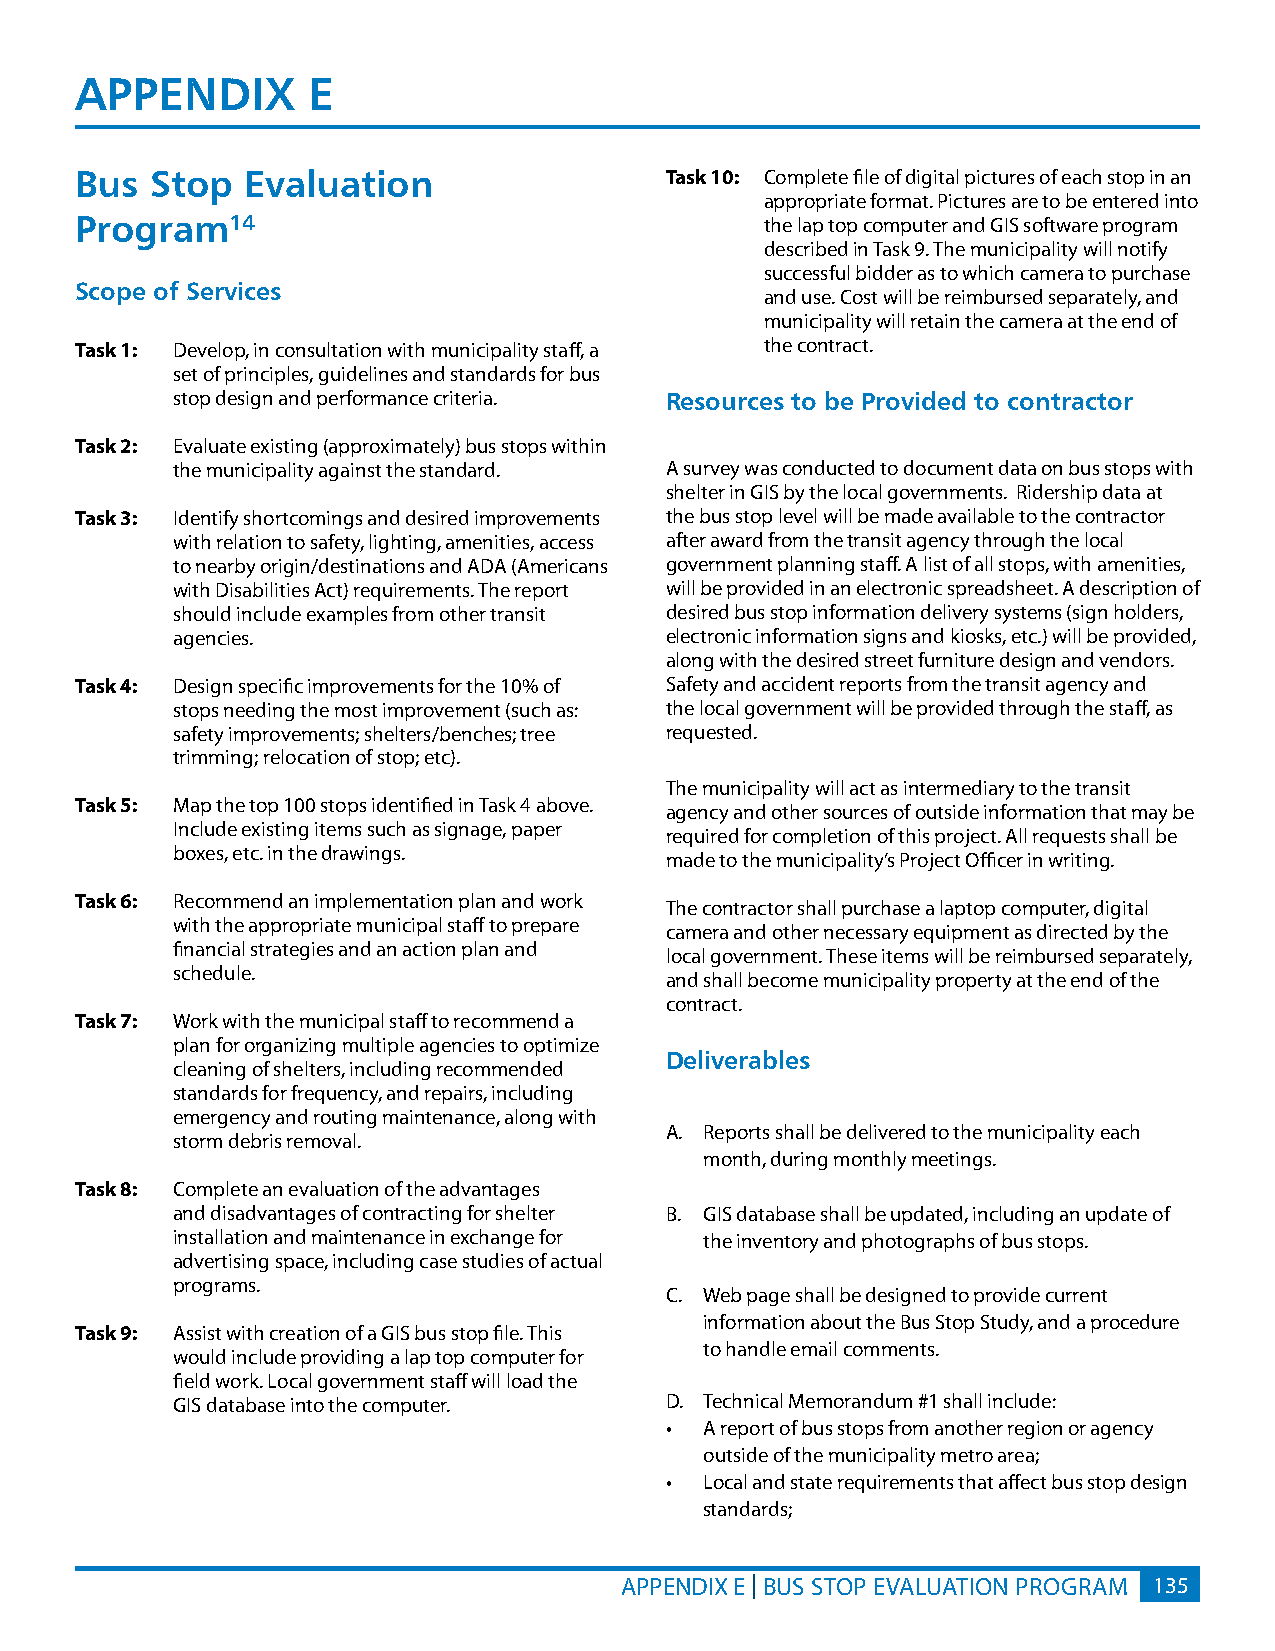
APPENDIx       E
 Bus  Stop  Evaluation                  Task 10: Complete file of digital pictures of each stop in an
 appropriate format. Pictures are to be entered into
 Program14                                     the lap top computer and GIS software program
 described in Task 9. The municipality will notify
 successful bidder as to which camera to purchase
 Scope of Services
 and use. Cost will be reimbursed separately, and
 municipality will retain the camera at the end of
 Task 1: Develop, in consultation with municipality staff, a the contract.
 set of principles, guidelines and standards for bus
 stop design and performance criteria. Resources to be Provided to contractor
 Task 2: Evaluate existing (approximately) bus stops within
 the municipality against the standard. A survey was conducted to document data on bus stops with
 shelter in GIS by the local governments. Ridership data at
 Task 3: Identify shortcomings and desired improvements the bus stop level will be made available to the contractor
 with relation to safety, lighting, amenities, access after award from the transit agency through the local
 to nearby origin/destinations and ADA (Americans government planning staff. A list of all stops, with amenities,
 with Disabilities Act) requirements. The report will be provided in an electronic spreadsheet. A description of
 should include examples from other transit desired bus stop information delivery systems (sign holders,
 agencies.                        electronic information signs and kiosks, etc.) will be provided,
 along with the desired street furniture design and vendors.
 Task 4: Design specific improvements for the 10% of Safety and accident reports from the transit agency and
 stops needing the most improvement (such as: the local government will be provided through the staff, as
 safety improvements; shelters/benches; tree requested.
 trimming; relocation of stop; etc).
 The municipality will act as intermediary to the transit
 Task 5: Map the top 100 stops identified in Task 4 above.
 agency and other sources of outside information that may be
 Include existing items such as signage, paper
 required for completion of this project. All requests shall be
 boxes, etc. in the drawings.
 made to the municipality’s Project Officer in writing.
 Task 6: Recommend an implementation plan and work
 The contractor shall purchase a laptop computer, digital
 with the appropriate municipal staff to prepare
 camera and other necessary equipment as directed by the
 financial strategies and an action plan and
 local government. These items will be reimbursed separately,
 schedule.
 and shall become municipality property at the end of the
 contract.
 Task 7: Work with the municipal staff to recommend a
 plan for organizing multiple agencies to optimize
 Deliverables
 cleaning of shelters, including recommended
 standards for frequency, and repairs, including
 emergency and routing maintenance, along with
 A. Reports shall be delivered to the municipality each
 storm debris removal.
 month, during monthly meetings.
 Task 8: Complete an evaluation of the advantages
 and disadvantages of contracting for shelter B. GIS database shall be updated, including an update of
 installation and maintenance in exchange for the inventory and photographs of bus stops.
 advertising space, including case studies of actual
 programs.
 C. Web page shall be designed to provide current
 information about the Bus Stop Study, and a procedure
 Task 9: Assist with creation of a GIS bus stop file. This
 to handle email comments.
 would include providing a lap top computer for
 field work. Local government staff will load the
 GIS database into the computer.  D. Technical Memorandum #1 shall include:
 •  A report of bus stops from another region or agency
 outside of the municipality metro area;
 •  Local and state requirements that affect bus stop design
 standards;
 APPENDIX E | BUS STOP EVALUATION PROGRAM 135